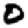
Digit: 0